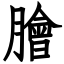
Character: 膾